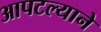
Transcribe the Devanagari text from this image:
आपटल्याने